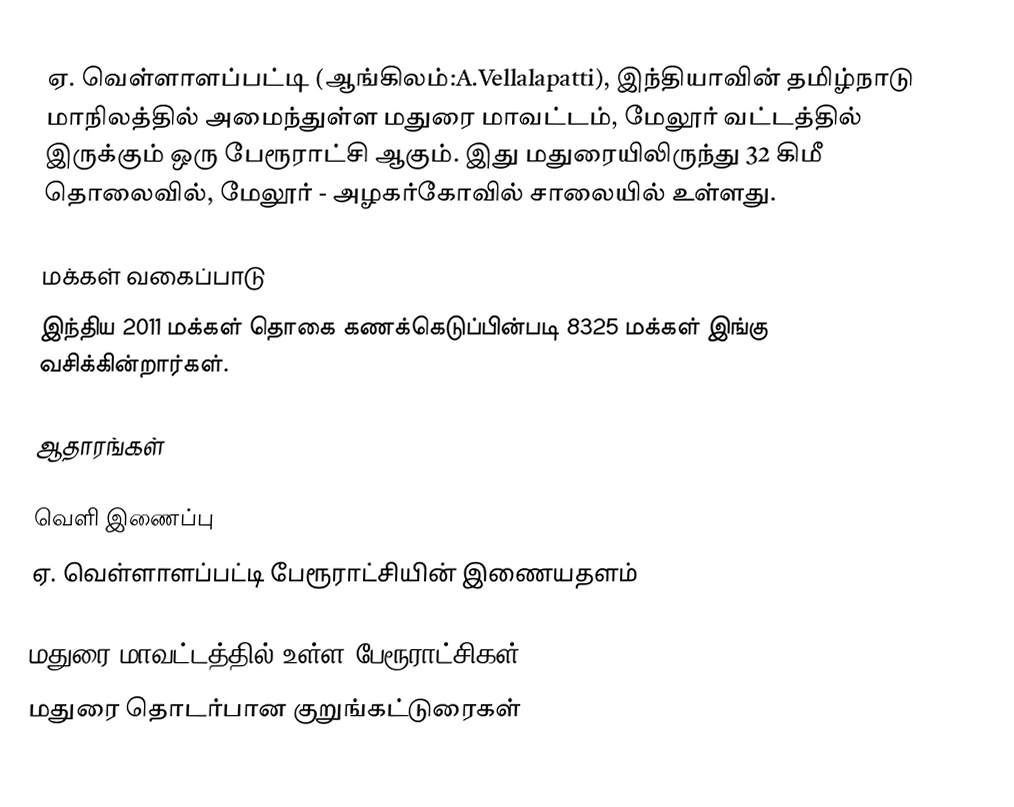
ஏ. வெள்ளாளப்பட்டி (ஆங்கிலம்:A.Vellalapatti), இந்தியாவின் தமிழ்நாடு மாநிலத்தில் அமைந்துள்ள மதுரை மாவட்டம், மேலூர் வட்டத்தில் இருக்கும் ஒரு பேரூராட்சி ஆகும். இது மதுரையிலிருந்து  32 கிமீ தொலைவில், மேலூர் - அழகர்கோவில் சாலையில் உள்ளது.

மக்கள் வகைப்பாடு
இந்திய 2011 மக்கள் தொகை கணக்கெடுப்பின்படி 8325 மக்கள் இங்கு வசிக்கின்றார்கள்.

ஆதாரங்கள்

வெளி இணைப்பு
 ஏ. வெள்ளாளப்பட்டி பேரூராட்சியின் இணையதளம்

மதுரை மாவட்டத்தில் உள்ள பேரூராட்சிகள்
மதுரை தொடர்பான குறுங்கட்டுரைகள்